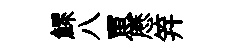
鰥八罳厯笄